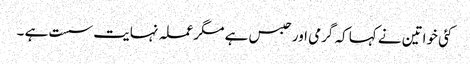
کئی خواتین نے کہا کہ گرمی اور حبس ہے مگر عملہ نہایت سست ہے ۔